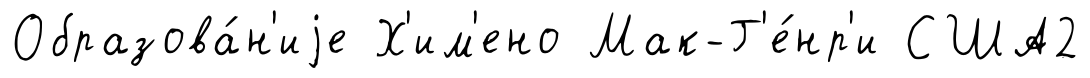
Образова́н'иjе Х'им'ено Мак-Г'е́нр'и США2